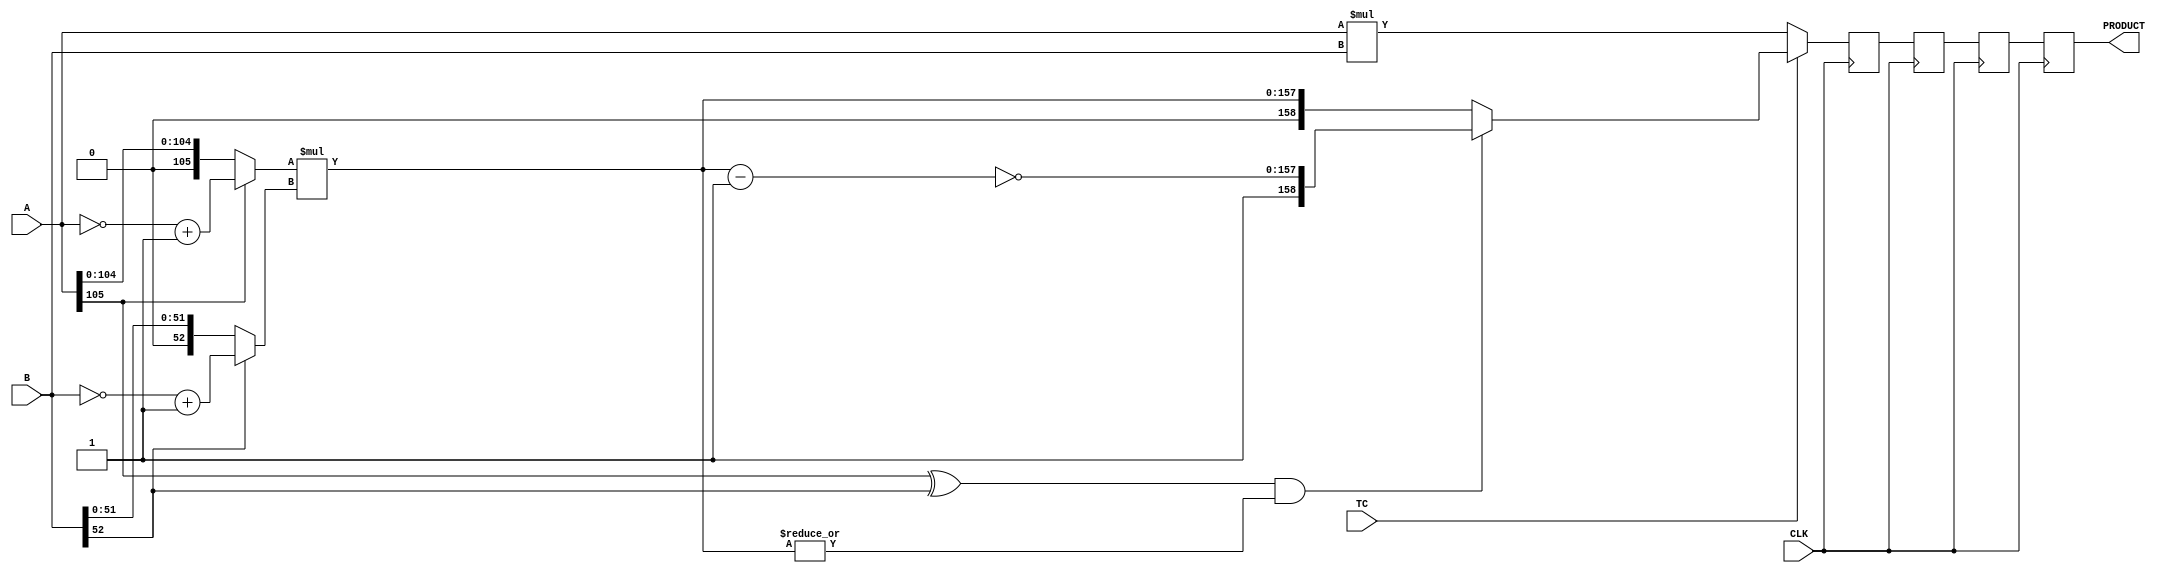
////////////////////////////////////////////////////////////////////////////////
//
//       This confidential and proprietary software may be used only
//     as authorized by a licensing agreement from Synopsys Inc.
//     In the event of publication, the following notice is applicable:
//
//                    (C) COPYRIGHT 1996 - 2014 SYNOPSYS INC.
//                           ALL RIGHTS RESERVED
//
//       The entire notice above must be reproduced on all authorized
//     copies.
//
//
// VERSION:   Simulation Architecture
//
// DesignWare_version: fa678e9e
// DesignWare_release: I-2013.12-DWBB_201312.5
//
////////////////////////////////////////////////////////////////////////////////
//-----------------------------------------------------------------------------------
//
// ABSTRACT:  Five-Stage Pipelined Multiplier
//           A_width-Bits * B_width-Bits => A_width+B_width Bits
//           Operands A and B can be either both signed (two's complement) or 
//	     both unsigned numbers. TC determines the coding of the input operands.
//           ie. TC = '1' => signed multiplication
//	         TC = '0' => unsigned multiplication
//
//
//
//            Move component from DW03 to DW02
//	Jay Zhu, Nov 29, 1999: remove unit delay and simplify procedures
//---------------------------------------------------------------------------------


module DW02_mult_5_stage_1(A,B,TC,CLK,PRODUCT);
parameter	A_width = 106;
parameter	B_width = 53;
input	[A_width-1:0]	A;
input	[B_width-1:0]	B;
input			TC,CLK;
output	[A_width+B_width-1:0]	PRODUCT;

reg	[A_width+B_width-1:0]	PRODUCT,product_piped1,product_piped2,product_piped3;
wire	[A_width+B_width-1:0]	pre_product;

wire	[A_width-1:0]	temp_a;
wire	[B_width-1:0]	temp_b;
wire	[A_width+B_width-2:0]	long_temp1,long_temp2;

assign	temp_a = (A[A_width-1])? (~A + 1'b1) : A;
assign	temp_b = (B[B_width-1])? (~B + 1'b1) : B;

assign	long_temp1 = temp_a * temp_b;
assign	long_temp2 = ~(long_temp1 - 1'b1);

assign	pre_product = (TC)? (((A[A_width-1] ^ B[B_width-1]) && (|long_temp1))?
				{1'b1,long_temp2} : {1'b0,long_temp1})
			: A * B;

always @ (posedge CLK)
begin
	product_piped1 <= pre_product;
	product_piped2 <= product_piped1;
        product_piped3 <= product_piped2;
        PRODUCT <= product_piped3;
end

endmodule